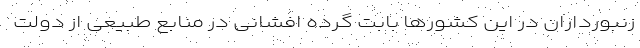
زنبورداران در این کشورها بابت گرده افشانی در منابع طبیعی از دولت